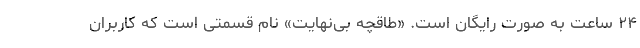
۲۴ ساعت به صورت رایگان است. «طاقچه بی‌نهایت» نام قسمتی است که کاربران